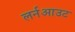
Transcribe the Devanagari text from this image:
लर्नआउट